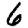
Digit: 6